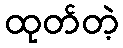
ထုတ်တဲ့